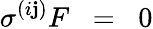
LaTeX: \sigma^{(i\mathbf{j})}F\; \; =\; \; 0